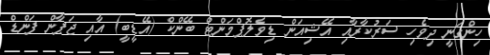
ހިންގަނީ ދިވެހި ސަރުކާރާއި އޭޝިއަން ޑިވެލޮޕްމަންޓް ބޭންކް (އޭޑީބީ) އާއި ޖަޕާން ފަންޑް